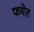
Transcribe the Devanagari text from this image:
फयेत